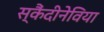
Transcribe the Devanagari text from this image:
स्कैंदीनेविया